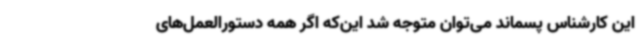
این کارشناس پسماند می‌توان متوجه شد این‌که اگر همه دستورالعمل‌های